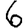
Digit: 6